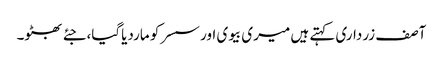
آصف زرداری کہتے ہیں میری بیوی اور سسر کو ماردیاگیا،جئے بھٹو۔